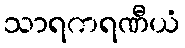
သာရကရဏီယံ